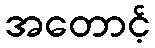
အတောင့်